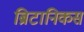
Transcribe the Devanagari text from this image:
ब्रिटानिकस